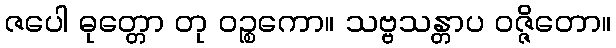
ဇပေါ ဓုတ္တော တု ဝဉ္စကော။ သဗ္ဗသန္တာပ ဝဇ္ဇိတော။